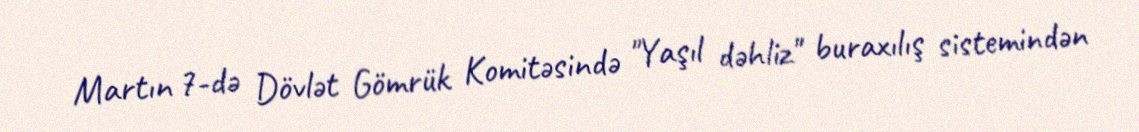
Martın 7-də Dövlət Gömrük Komitəsində "Yaşıl dəhliz" buraxılış sistemindən